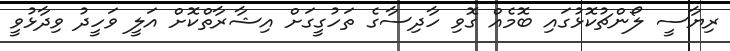
ރިޔާސީ ލޯންޗުކޮޅުގައި ބޮމެއް ގޮވި ހާދިސާގެ ތަހުގީގަށް އިޝާރާތްކޮށް އަލީ ވަހީދު ވިދާޅުވީ